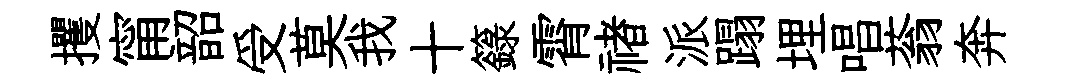
攫甯韶受莫我十籙霄禇派蹋埋唱蓊奔